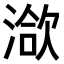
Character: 𣹱